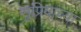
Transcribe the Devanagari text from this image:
सुप्रियाच्या